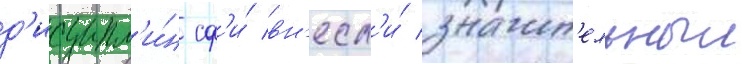
д'исципл'и́н сф'и́ вн'есл'и́ значит'ельныи